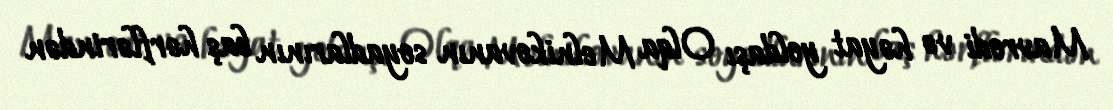
Mavrodi və həyat yoldaşı Olqa Melnikovanın soyadlarının baş hərflərindən